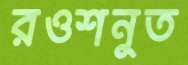
রওশনুত